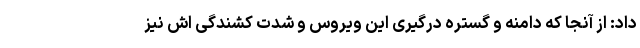
داد: از آنجا که دامنه و گستره درگیری این ویروس و شدت کشندگی اش نیز